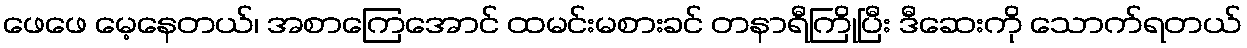
ဖေဖေ မေ့နေတယ်၊ အစာကြေအောင် ထမင်းမစားခင် တနာရီကြိုပြီး ဒီဆေးကို သောက်ရတယ်